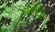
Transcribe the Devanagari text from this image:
होमोप्टेरा